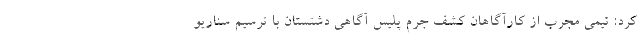
کرد: تیمی مجرب از کارآگاهان کشف جرم پلیس آگاهی دشتستان با ترسیم سناریو